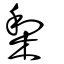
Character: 梨